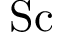
\mathrm { S c }